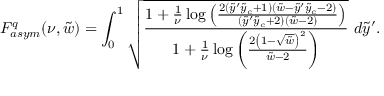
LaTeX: F _ { a s y m } ^ { q } ( \nu , \tilde { w } ) = \int _ { 0 } ^ { 1 } \sqrt { \frac { 1 + \frac { 1 } { \nu } \log \left( \frac { 2 ( \tilde { y } ^ { \prime } \tilde { y } _ { c } + 1 ) ( \tilde { w } - \tilde { y } ^ { \prime } \tilde { y } _ { c } - 2 ) } { ( \tilde { y } ^ { \prime } \tilde { y } _ { c } + 2 ) ( \tilde { w } - 2 ) } \right) } { 1 + \frac { 1 } { \nu } \log \left( \frac { 2 \left( 1 - \sqrt { \tilde { w } } \right) ^ { 2 } } { \tilde { w } - 2 } \right) } } ~ d \tilde { y } ^ { \prime } .